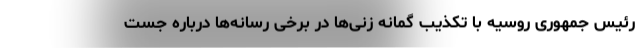
رئیس جمهوری روسیه با تکذیب گمانه زنی‌ها در برخی رسانه‌ها درباره جست